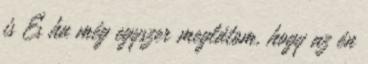
is És ha még egyszer meglátom, hogy az én